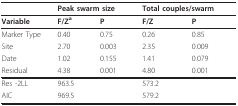
<table><thead><tr><td></td><td colspan="2"><b>Peak swarm size</b></td><td colspan="2"><b>Total couples/swarm</b></td></tr></thead><tbody><tr><td><b>Variable</b></td><td><b>F/Z<sup>a</sup></b></td><td><b>P</b></td><td><b>F/Z</b></td><td><b>P</b></td></tr><tr><td>Marker Type</td><td>0.40</td><td>0.75</td><td>0.26</td><td>0.85</td></tr><tr><td>Site</td><td>2.70</td><td>0.003</td><td>2.35</td><td>0.009</td></tr><tr><td>Date</td><td>1.02</td><td>0.155</td><td>1.41</td><td>0.079</td></tr><tr><td>Residual</td><td>4.38</td><td>0.001</td><td>4.80</td><td>0.001</td></tr><tr><td>Res -2LL</td><td>963.5</td><td></td><td>573.2</td><td></td></tr><tr><td>AIC</td><td>969.5</td><td></td><td>579.2</td><td></td></tr></tbody></table>